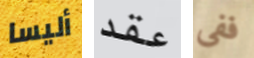
أليسا عقد ففى